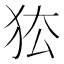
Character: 𰡅